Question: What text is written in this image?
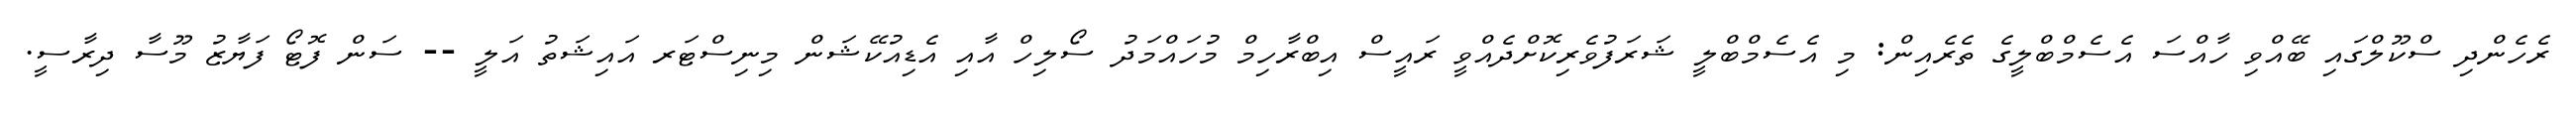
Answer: ރެހެންދި ސްކޫލްގައި ބޭއްވި ހާއްސަ އެސެމްބްލީގެ ތެރެއިން: މި އެސެމްބްލީ ޝަރަފުވެރިކޮށްދެއްވީ ރައީސް އިބްރާހިމް މުހައްމަދު ސޯލިހް އާއި އެޑިއުކޭޝަން މިނިސްޓަރ އައިޝަތު އަލީ -- ސަން ފޮޓޯ ފަޔާޒު މޫސާ ދިރާސީ.